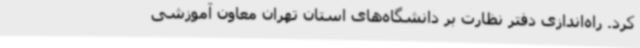
کرد. راه‌اندازی دفتر نظارت بر دانشگاه‌های استان تهران معاون آموزشی